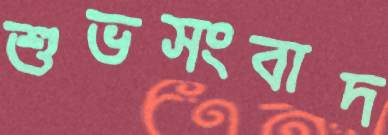
শুভসংবাদ